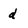
Character: d